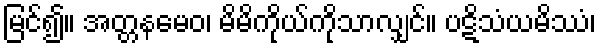
မြင်၍။ အတ္တနမေဝ၊ မိမိကိုယ်ကိုသာလျှင်။ ပဋိသံယမိဿံ၊